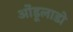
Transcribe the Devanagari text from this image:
ओंडूलाडो